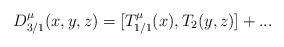
LaTeX: \begin{align*}D_{3/1}^\mu(x,y,z)=[T_{1/1}^\mu(x),T_2(y,z)]+...\end{align*}